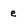
Character: e